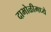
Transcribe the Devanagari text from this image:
दाभोळीमध्ये